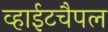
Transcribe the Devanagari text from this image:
व्हाईटचैपल